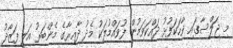
މި ޖަލްސާގައި ވާހަކަފުޅު ދައްކަވަމުން ފުވައްމުލަކު މެދު ދާއިރާގެ މެންބަރު އަލީ ފަޒާދު